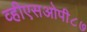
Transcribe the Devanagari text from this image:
व्हीएसओपी८७